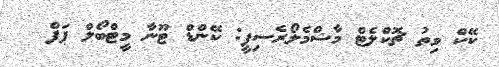
ކޭކް ވިތު ޗޮކްލެޓް މާޝްމެލޯރެސިޕީ: ކޭންޑް ޓޫނާ މީޓްބޯލް ޕަފް